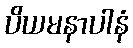
ပိယမနာပါနံ